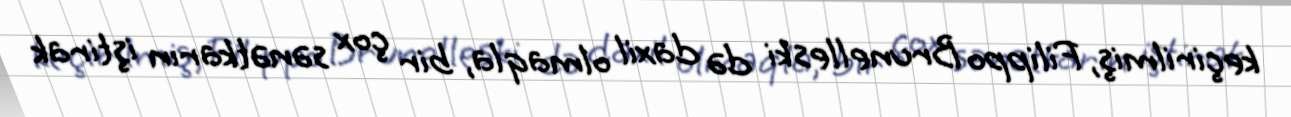
keçirilmiş, Filippo Brunelleski də daxil olmaqla, bir çox sənətkarın iştirak